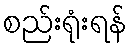
စည်းရုံးရန်